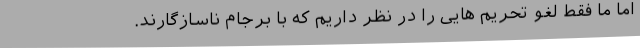
اما ما فقط لغو تحریم هایی را در نظر داریم که با برجام ناسازگارند.